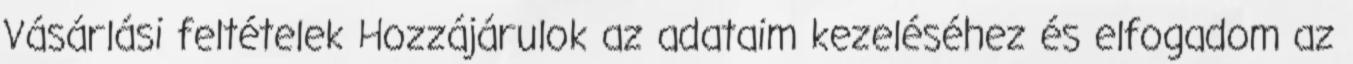
Vásárlási feltételek Hozzájárulok az adataim kezeléséhez és elfogadom az